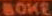
BOKE